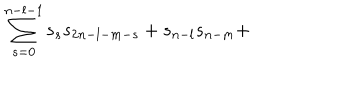
\sum _ { s = 0 } ^ { n - l - 1 } s _ { s } s _ { 2 n - l - m - s } + s _ { n - l } s _ { n - m } +